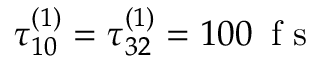
\tau _ { 1 0 } ^ { ( 1 ) } = \tau _ { 3 2 } ^ { ( 1 ) } = 1 0 0 \, \mathrm { ~ f ~ s ~ }